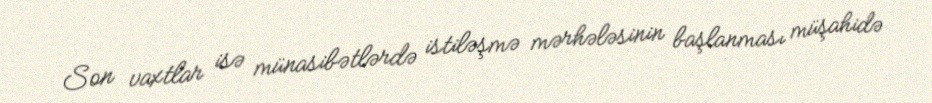
Son vaxtlar isə münasibətlərdə istiləşmə mərhələsinin başlanması müşahidə